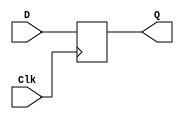
// Description of D flip-flop
// See Fig. 5-11 

module D_flip_flop (Q, D, Clk);
  output 	Q;
  input	D, Clk;
  reg 	Q;

  always @ (posedge Clk)	
    Q <= D;	 
endmodule